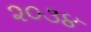
૨૦૩૪